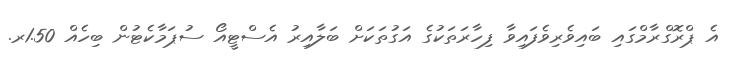
އެ ޕްރޮގްރާމްގައި ބައިވެރިވެފައިވާ ފިހާރަތަކުގެ އަގުތަކަށް ބަލާއިރު އެސްޓީއޯ ސުޕަމާކެޓުން ބިހެއް 1.50ރ.